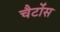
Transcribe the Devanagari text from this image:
चैटोंस